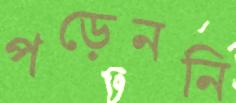
পড়েননি